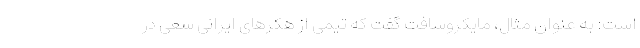
است: به عنوان مثال، مایکروسافت گفت که تیمی از هکرهای ایرانی سعی در